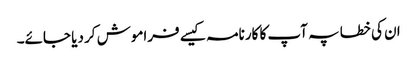
ان کی خطا پہ آپ کا کارنامہ کیسے فراموش کر دیا جائے۔